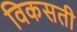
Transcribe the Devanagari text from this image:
विकसती